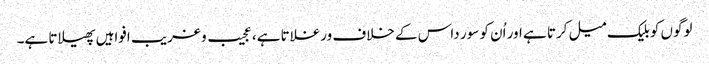
لوگوں کو بلیک میل کرتا ہے اور اُن کو سور داس کے خلاف ورغلاتا ہے، عجیب و غریب افواہیں پھیلاتا ہے۔